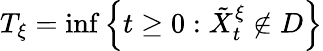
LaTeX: T_{\xi}=\operatorname*{inf}\left\{ t\geq 0:\tilde{X}_{t}^{\xi}\notin D\right\}